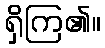
ရှိကြ၏။